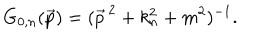
G _ { 0 , n } ( \vec { p } ) = ( \vec { p } ^ { \, 2 } + k _ { n } ^ { 2 } + m ^ { 2 } ) ^ { - 1 } .